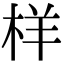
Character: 样